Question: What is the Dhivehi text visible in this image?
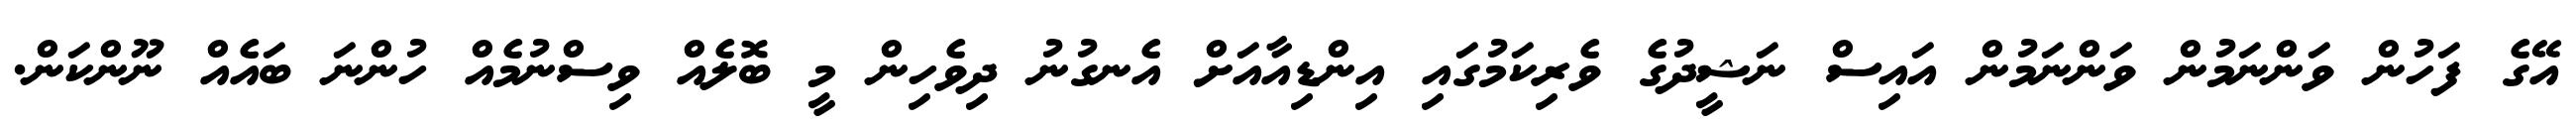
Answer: އޭގެ ފަހުން ވަންނަމުން ވަންނަމުން އައިސް ނަޝީދުގެ ވެރިކަމުގައި އިންޑިއާއަށް އެނގުނު ދިވެހިން މީ ބޮލެއް ވިސްނުމެއް ހުންނަ ބައެއް ނޫންކަން.